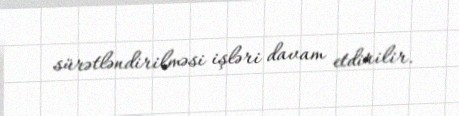
sürətləndirilməsi işləri davam etdirilir.